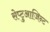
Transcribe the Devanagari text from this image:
सेप्टुआजिन्ट